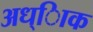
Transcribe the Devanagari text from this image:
अध्ािक